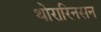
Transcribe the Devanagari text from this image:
थोरारिनसन